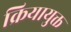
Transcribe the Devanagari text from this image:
क्रियायुक्त